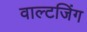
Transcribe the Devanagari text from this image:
वाल्टजिंग